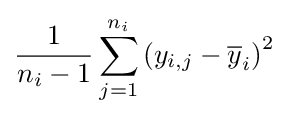
{\frac {1}{n_{i}-1}}\sum _{j=1}^{n_{i}}\left(y_{i,j}-{\overline {y}}_{i}\right)^{2}